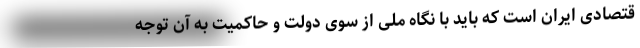
قتصادی ایران است که باید با نگاه ملی از سوی دولت و حاکمیت به آن توجه